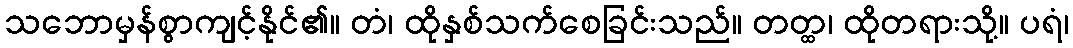
သဘောမှန်စွာကျင့်နိုင်၏။ တံ၊ ထိုနှစ်သက်စေခြင်းသည်။ တတ္ထ၊ ထိုတရားသို့။ ပရံ၊